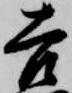
吉